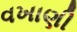
વખાણી